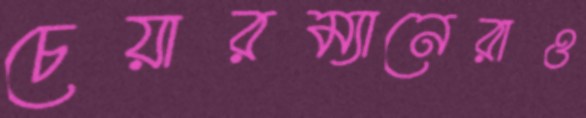
চেয়ারম্যানেরাও